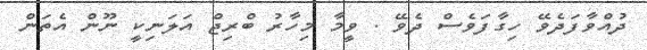
ދުއްވާފަދެވޭ ހިގާފަވެސް ދެވޭ . ވީމާ މިހާރު ބްރިޖް އަލަނިކީ ނޫން އެތަން